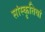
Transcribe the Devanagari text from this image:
सांस्कृतियां